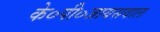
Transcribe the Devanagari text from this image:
के०पी०जायसवाल